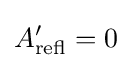
A_{\text{refl}}^{\prime }=0